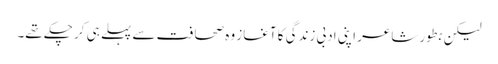
لیکن بطور شاعر اپنی ادبی زندگی کا آغاز وہ صحافت سے پہلے ہی کر چکے تھے۔